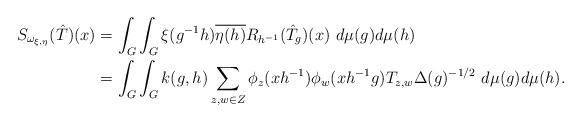
LaTeX: \begin{align*}S_{\omega_{\xi,\eta}}(\hat{T})(x)&=\int_G\int_G\xi(g^{-1}h)\overline{\eta(h)}R_{h^{-1}}(\hat{T}_g)(x)\ d\mu(g)d\mu(h)\\ &=\int_G\int_G k(g,h)\sum_{z,w\in Z}\phi_z(xh^{-1})\phi_w(xh^{-1}g)T_{z,w}\Delta(g)^{-1/2}\ d\mu(g)d\mu(h). \end{align*}